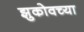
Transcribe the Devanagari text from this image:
झुकोवच्या